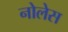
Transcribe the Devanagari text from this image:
नोलेस